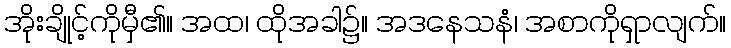
အိုးချိုင့်ကိုမှီ၏။ အထ၊ ထိုအခါ၌။ အဒနေသနံ၊ အစာကိုရှာလျက်။